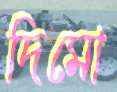
দিমো